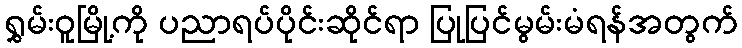
ရွှမ်းဝူမြို့ကို ပညာရပ်ပိုင်းဆိုင်ရာ ပြုပြင်မွမ်းမံရန်အတွက်